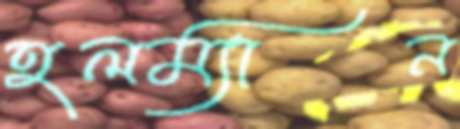
হলম্যান